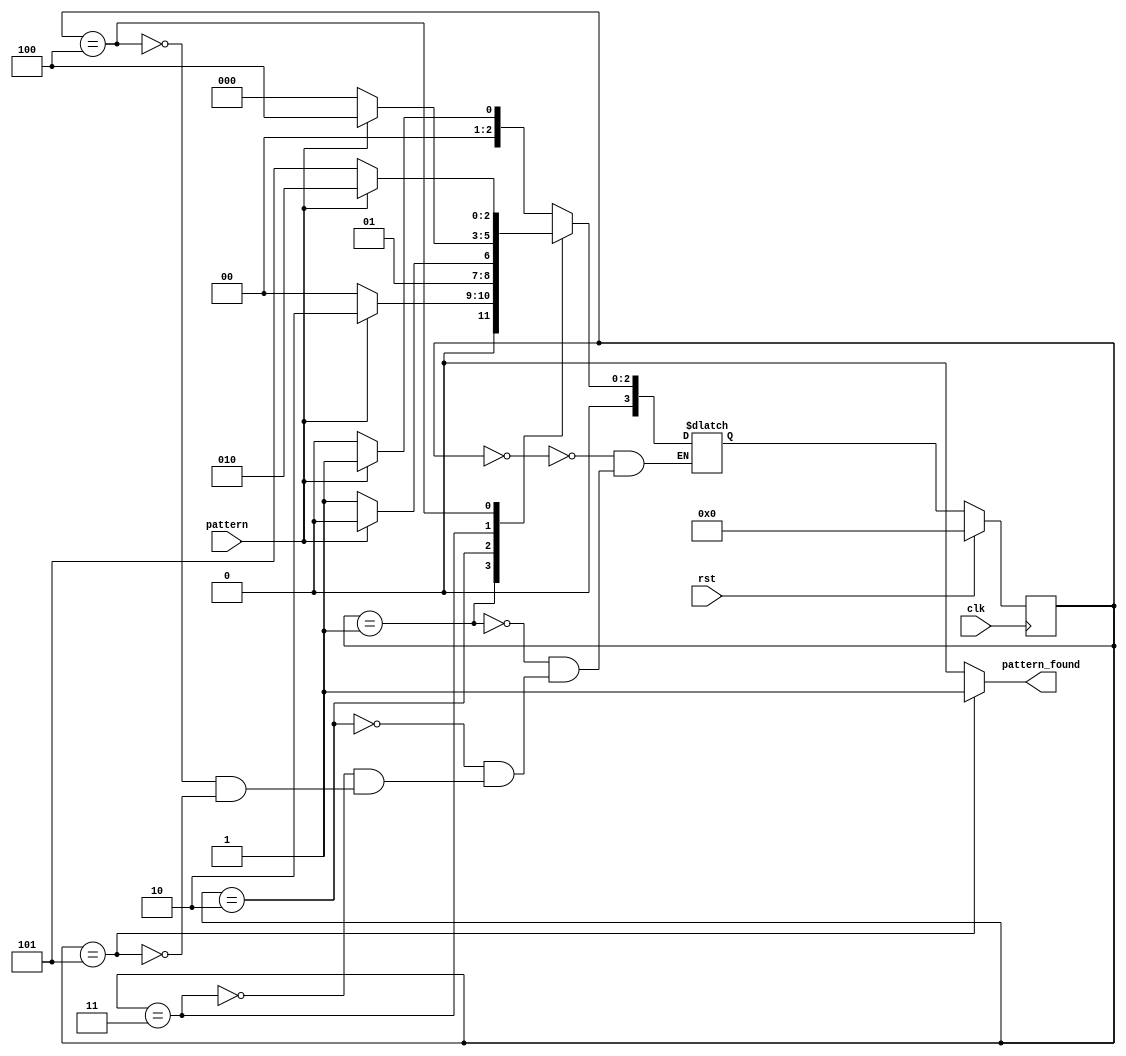
module pattern_detector(
	input pattern,
	input clk,
	input rst,
	output reg pattern_found
);
	parameter state_reg_width = 3;
	parameter [state_reg_width : 0] start = 3'b000,
									found_1= 3'b001,
									found_11= 3'b010,
									found_110= 3'b011,
									found_1101= 3'b100,
									found_11010= 3'b101;
	reg [state_reg_width : 0] curr_state, next_state;
	
	//next state register
	always @(posedge clk) begin
		if(rst)
			curr_state <= start;
		else
			curr_state <= next_state;
	end
	
	//next state logic
	always @(*) begin
		pattern_found = 0;
		case(curr_state)
			start: next_state = (pattern) ? found_1 : start;
          	found_1: next_state = (pattern) ? found_11 : start;
			found_11: next_state = (pattern) ? found_11 : found_110;
			found_110: next_state = (pattern) ? found_1101 : start;
			found_1101: next_state = (pattern) ? found_11 : found_11010;
			found_11010: begin
							next_state = (pattern) ? found_1 : start;
							pattern_found = 1;
						end
		endcase
	end
endmodule